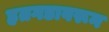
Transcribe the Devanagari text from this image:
हतगडावरून